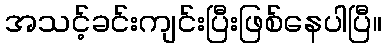
အသင့်ခင်းကျင်းပြီးဖြစ်နေပါပြီ။